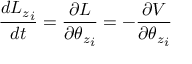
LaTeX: { \frac { d { L _ { z } } _ { i } } { d t } } = { \frac { \partial { \cal { L } } } { \partial { { \theta _ { z } } _ { i } } } } = - { \frac { \partial V } { \partial { { \theta _ { z } } _ { i } } } }